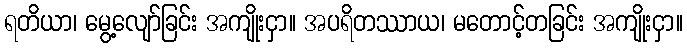
ရတိယာ၊ မွေ့လျော်ခြင်း အကျိုးငှာ။ အပရိတဿာယ၊ မတောင့်တခြင်း အကျိုးငှာ။